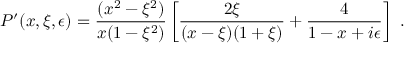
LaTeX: P ^ { \prime } ( x , \xi , \epsilon ) = { \frac { ( x ^ { 2 } - \xi ^ { 2 } ) } { x ( 1 - \xi ^ { 2 } ) } } \left[ { \frac { 2 \xi } { ( x - \xi ) ( 1 + \xi ) } } + { \frac { 4 } { 1 - x + i \epsilon } } \right] \ .